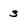
Character: 3